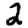
Digit: 2